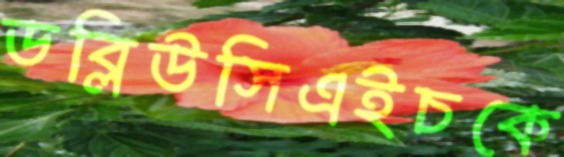
ডব্লিউসিএইচকে